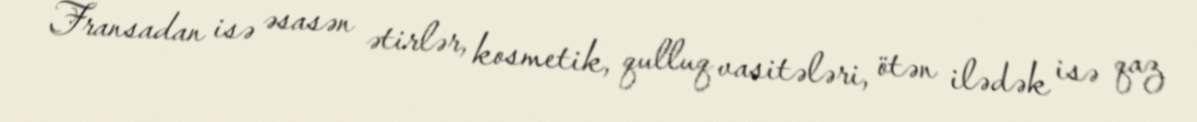
Fransadan isə əsasən ətirlər, kosmetik, qulluq vasitələri, ötən ilədək isə qaz